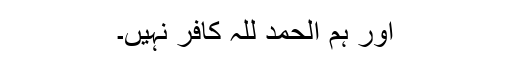
اور ہم الحمد للہ کافر نہیں۔